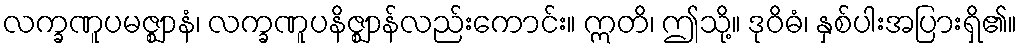
လက္ခဏူပမဇ္ဈာနံ၊ လက္ခဏူပနိဇ္ဈာန်လည်းကောင်း။ ဣတိ၊ ဤသို့။ ဒုဝိဓံ၊ နှစ်ပါးအပြားရှိ၏။